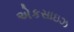
એકસાઇઝ